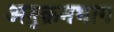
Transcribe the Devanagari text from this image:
अनुक्रमभाग